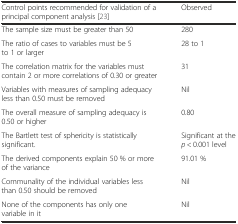
| Control points recommended for validation of a principal component analysis [23] | Observed |
 | --- | --- |
 | The sample size must be greater than 50 | 280 |
 | The ratio of cases to variables must be 5 to 1 or larger | 28 to 1 |
 | The correlation matrix for the variables must contain 2 or more correlations of 0.30 or greater | 31 |
 | Variables with measures of sampling adequacy less than 0.50 must be removed | Nil |
 | The overall measure of sampling adequacy is 0.50 or higher | 0.80 |
 | The Bartlett test of sphericity is statistically significant. | Significant at the p < 0.001 level |
 | The derived components explain 50 % or more of the variance | 91.01 % |
 | Communality of the individual variables less than 0.50 should be removed | Nil |
 | None of the components has only one variable in it | Nil |